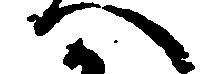
へ